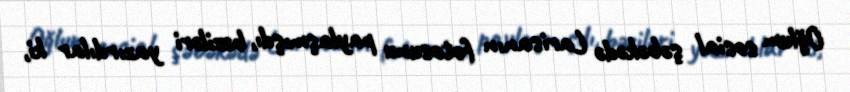
Oğlum sosial şəbəkədə Larisanın fotosunu paylaşmışdı, bəziləri yazırdılar ki,